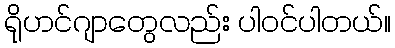
ရိုဟင်ဂျာတွေလည်း ပါဝင်ပါတယ်။